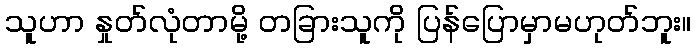
သူဟာ နှုတ်လုံတာမို့ တခြားသူကို ပြန်ပြောမှာမဟုတ်ဘူး။